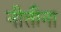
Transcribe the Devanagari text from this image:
नीतीना